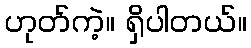
ဟုတ်ကဲ့။ ရှိပါတယ်။